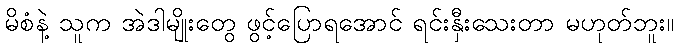
မိစံနဲ့ သူက အဲဒါမျိုးတွေ ဖွင့်ပြောရအောင် ရင်းနှီးသေးတာ မဟုတ်ဘူး။